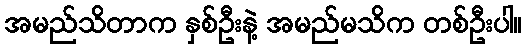
အမည်သိတာက နှစ်ဦးနဲ့ အမည်မသိက တစ်ဦးပါ။